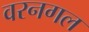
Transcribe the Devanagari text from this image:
वरनगल